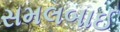
સમલબાઈ